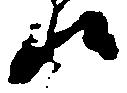
候